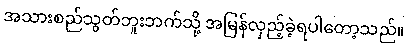
အသားစည်သွတ်ဘူးဘက်သို့ အမြန်လှည့်ခဲ့ရပါတော့သည်။